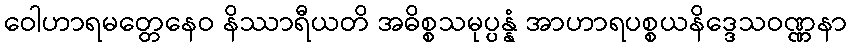
ဝေါဟာရမတ္တေနေဝ နိဿာရီယတိ အဓိစ္စသမုပ္ပန္နံ အာဟာရပစ္စယနိဒ္ဒေသဝဏ္ဏနာ